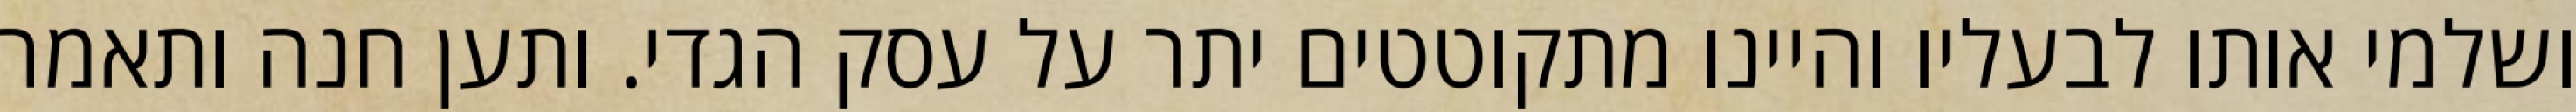
ושלמי אותו לבעליו והיינו מתקוטטים יתר על עסק הגדי. ותען חנה ותאמר